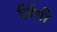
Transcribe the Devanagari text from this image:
ज़िंगी